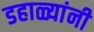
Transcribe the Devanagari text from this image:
डहाळ्यांनी